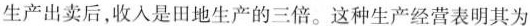
生产出卖后，收入是田地生产的三倍。这种生产经营表明其为